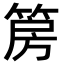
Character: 𮅝